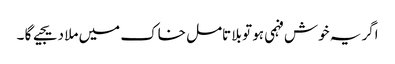
اگر یہ خوش فہمی ہو تو بلا تامل خاک میں ملا دیجیے گا ۔